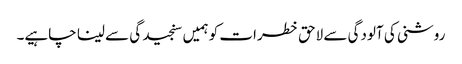
روشنی کی آلودگی سے لاحق خطرات کو ہمیں سنجید گی سے لینا چاہیے۔